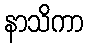
နာသိကာ